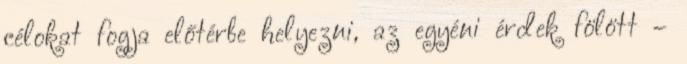
célokat fogja előtérbe helyezni, az egyéni érdek fölött –